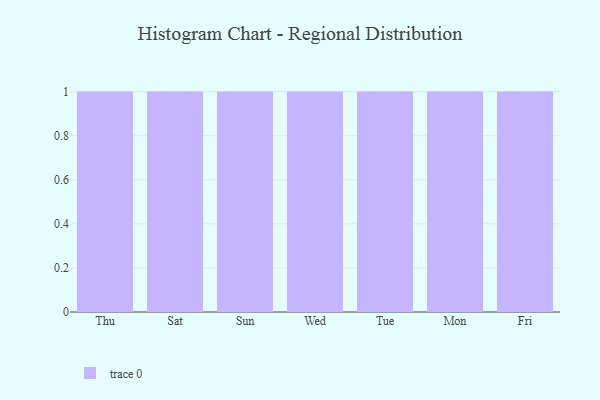
{"axis": {"x": "Day", "y": "Headcount"}, "legend": [""], "data": [{"x": "Thu", "y": 60, "type": ""}, {"x": "Sat", "y": 35, "type": ""}, {"x": "Sun", "y": 77, "type": ""}, {"x": "Wed", "y": 33, "type": ""}, {"x": "Tue", "y": 55, "type": ""}, {"x": "Mon", "y": 10, "type": ""}, {"x": "Fri", "y": 46, "type": ""}]}